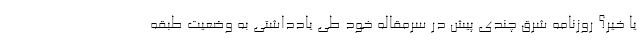
یا خیر؟ روزنامه شرق چندی پیش در سرمقاله خود طی یادداشتی به وضعیت طبقه